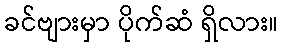
ခင်ဗျားမှာ ပိုက်ဆံ ရှိလား။